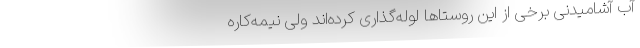
آب آشامیدنی برخی از این روستاها لوله‌گذاری کرده‌اند ولی نیمه‌کاره